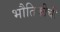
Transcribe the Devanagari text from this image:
भौतिकीची